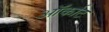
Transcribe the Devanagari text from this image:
ऑर्काट